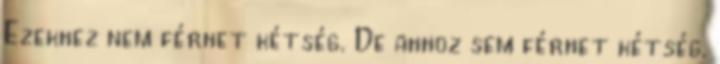
Ezekhez nem férhet kétség. De ahhoz sem férhet kétség,